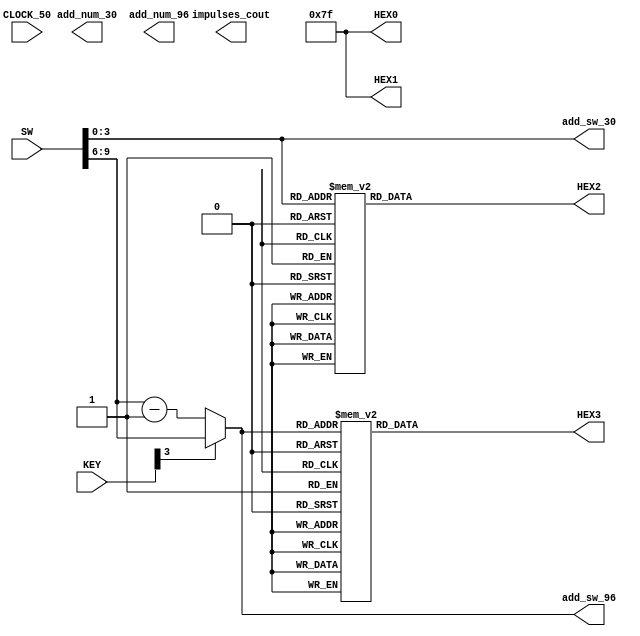
module works
	#(parameter N = 7, M = 4)
	(input CLOCK_50,
	input [9:0]SW,
	input [M-1:0] KEY,
	//output reg[9:0]LEDR,
	output reg [N-1:0]HEX0,
	output reg [N-1:0]HEX1,
	output reg [N-1:0]HEX2,
	output reg [N-1:0]HEX3,
	
	output reg[M-1:0] add_sw_30,
	output reg[M-1:0] add_sw_96,
	output reg[M-1:0] add_num_30,
	output reg[M-1:0] add_num_96,
	output reg[18:0] impulses_cout
);

initial begin
	$display ("TEST Started");
	HEX0[6:0] = 8'b1111111; 
	HEX1[6:0] = 8'b1111111; 
	HEX2[6:0] = 8'b1111111; 
	HEX3[6:0] = 8'b1111111; 
	add_sw_30[3:0] = 4'b0000;
	add_sw_96[3:0] = 4'b0000;
end

always @(*) begin
		
		add_sw_30[3:0] = SW[3:0];
		add_sw_96[3:0] = SW[9:6];
	
	if(~KEY[3])begin
		add_sw_96[3:0] = add_sw_96[3:0] - 4'd1;
		//add_sw_30[3:0] <= add_sw_30[3:0] + 1'd1;
	end
	
	case(add_sw_96[3:0])
		4'd0: HEX3[6:0] = 7'b1000000; //0 
		4'd1: HEX3[6:0] = 7'b1111001; //1 
		4'd2: HEX3[6:0] = 7'b0100100; //2 
		4'd3: HEX3[6:0] = 7'b0110000; //3 
		4'd4: HEX3[6:0] = 7'b0011001; //4 
		4'd5: HEX3[6:0] = 7'b0010010; //5 
		4'd6: HEX3[6:0] = 7'b0000010; //6 
		4'd7: HEX3[6:0] = 7'b1111000; //7 
		4'd8: HEX3[6:0] = 7'b0000000; //8 
		4'd9: HEX3[6:0] = 7'b0010000; //9 
		default: HEX3[6:0] = 7'b0000110; 
	endcase
	
	case(add_sw_30[3:0])
		4'd0: HEX2[6:0] = 7'b1000000; //0 
		4'd1: HEX2[6:0] = 7'b1111001; //1
		4'd2: HEX2[6:0] = 7'b0100100; //2
		4'd3: HEX2[6:0] = 7'b0110000; //3 
		4'd4: HEX2[6:0] = 7'b0011001; //4 
		4'd5: HEX2[6:0] = 7'b0010010; //5 
		4'd6: HEX2[6:0] = 7'b0000010; //6 
		4'd7: HEX2[6:0] = 7'b1111000; //7 
		4'd8: HEX2[6:0] = 7'b0000000; //8
		4'd9: HEX2[6:0] = 7'b0010000; //9 
		default: HEX2[6:0] = 7'b0000110;
	endcase

end
endmodule